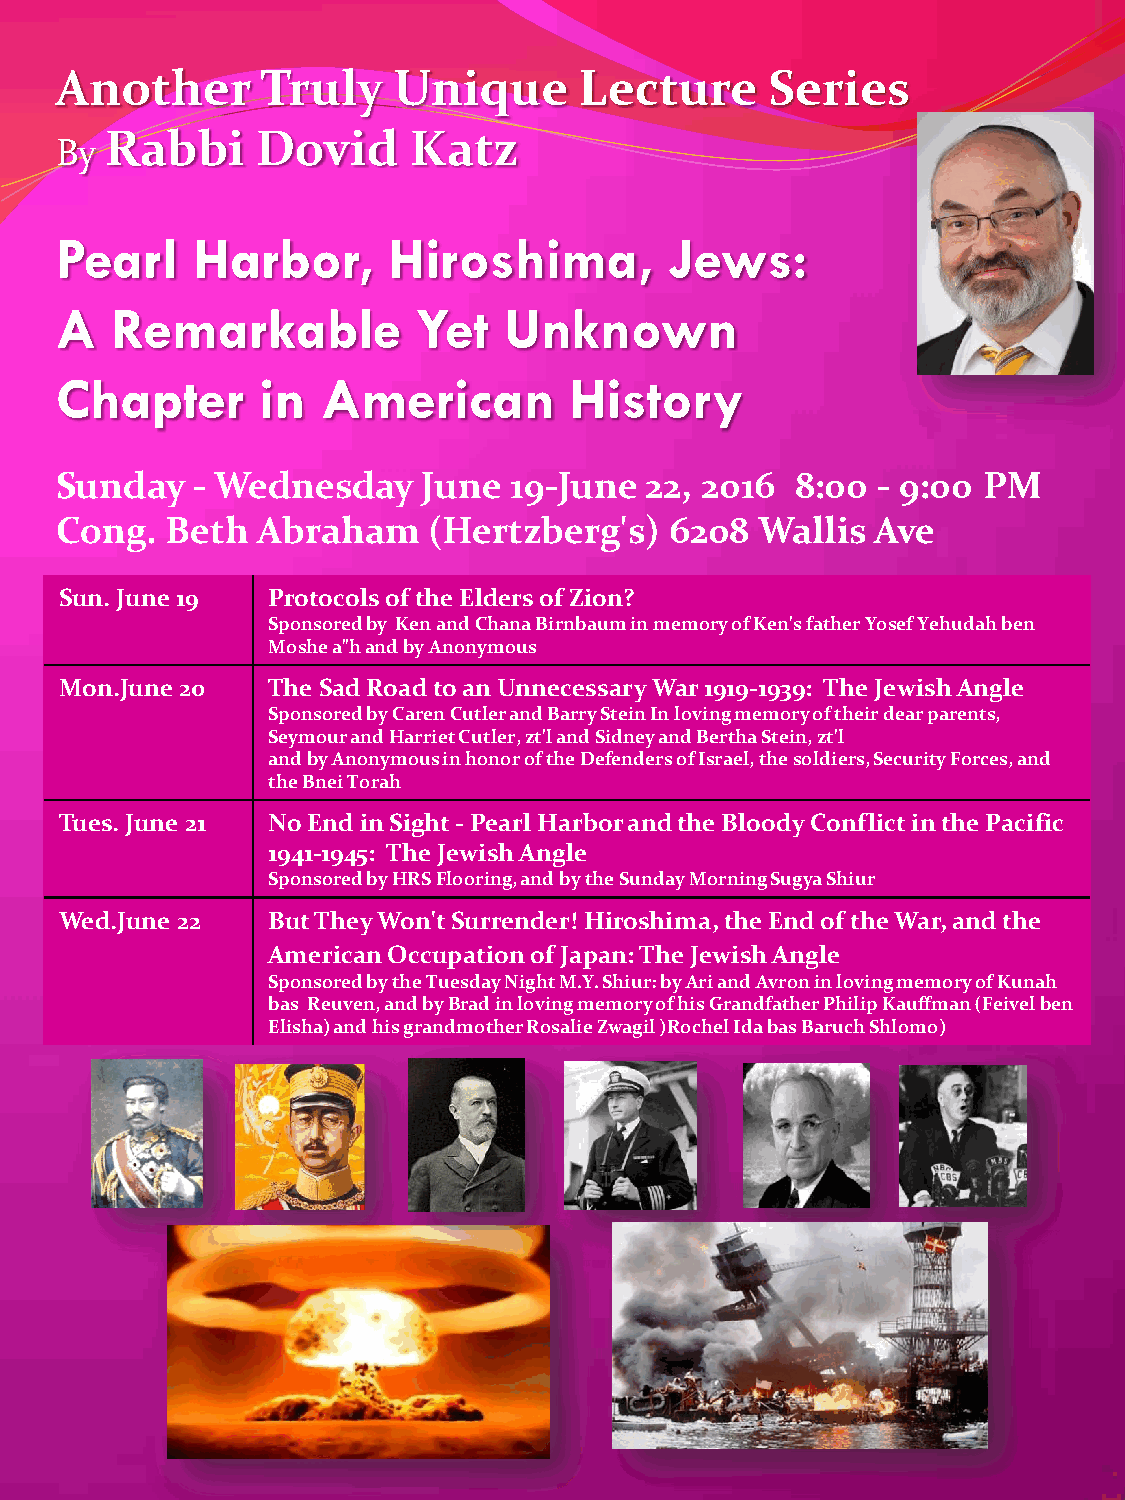
Another      Truly    Unique      Lecture      Series
 Rabbi     Dovid     Katz
 By
 Pearl    Harbor,      Hiroshima,        Jews:
 A  Remarkable           Yet  Unknown
 Chapter      in  American         History
 Sunday   - Wednesday    June  19-June  22, 2016  8:00 - 9:00 PM
 Cong.  Beth  Abraham    (Hertzberg's)   6208  Wallis  Ave
 Sun. June 19  Protocols of the Elders of Zion?
 Sponsored by Ken and Chana Birnbaum in memory of Ken's father Yosef Yehudah ben
 Moshe a"h and by Anonymous
 Mon.June 20   The Sad Road to an Unnecessary War 1919-1939: The Jewish Angle
 Sponsored by Caren Cutler and Barry Stein In loving memory of their dear parents,
 Seymour and Harriet Cutler, zt'l and Sidney and Bertha Stein, zt'l
 and by Anonymous in honor of the Defenders of Israel, the soldiers, Security Forces, and
 the Bnei Torah
 Tues. June 21 No End in Sight - Pearl Harbor and the Bloody Conflict in the Pacific
 1941-1945: The Jewish Angle
 Sponsored by HRS Flooring, and by the Sunday Morning Sugya Shiur
 Wed.June 22   But They Won't Surrender! Hiroshima, the End of the War, and the
 American Occupation of Japan: The Jewish Angle
 Sponsored by the Tuesday Night M.Y. Shiur: by Ari and Avron in loving memory of Kunah
 bas Reuven, and by Brad in loving memory of his Grandfather Philip Kauffman (Feivel ben
 Elisha) and his grandmother Rosalie Zwagil )Rochel Ida bas Baruch Shlomo)